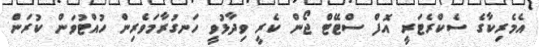
އެމެރިކާގެ ސެކްރެޓަރީ އޮފް ސްޓޭޓް ޖޯން ކެރީ ވިދާޅުވީ ހަނގުރާމަވެރިން ހުއްޓުވަން ކުރަން